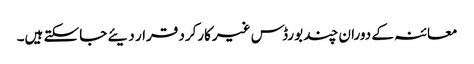
معائنہ کے دوران چند بورڈس غیرکارکرد قرار دیئے جاسکتے ہیں۔